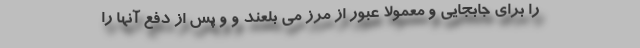
را برای جابجایی و معمولا عبور از مرز می بلعند و و پس از دفع آنها را